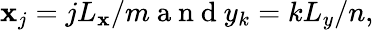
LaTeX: \mathbf{x}_{j}=jL_{\mathbf{x}}/m\mathrm{{~a~n~d~}}y_{k}=kL_{y}/n,